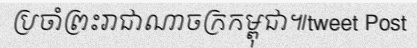
ប្រចាំព្រះរាជាណាចក្រកម្ពុជា៕tweet Post